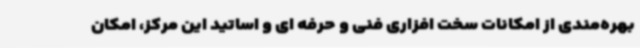
بهره‌مندی از امکانات سخت افزاری فنی و حرفه ای و اساتید این مرکز، امکان